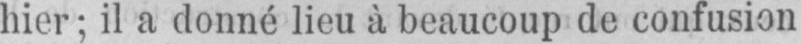
hier; il a donné lieu à beaucoup de confusion